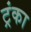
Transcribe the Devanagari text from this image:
ट्रंका